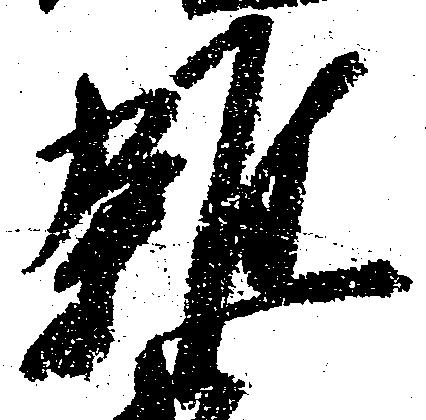
雑